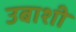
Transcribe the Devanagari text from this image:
उबाशी